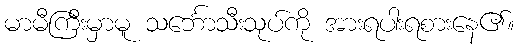
မာမီကြီးမှာမူ သင်္ဘောသီးသုပ်ကို အားရပါးရစားနေ၏။